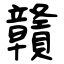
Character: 贛